Indian journal of veterinary science and animal husbandry - Volume 13,
Year: 1943
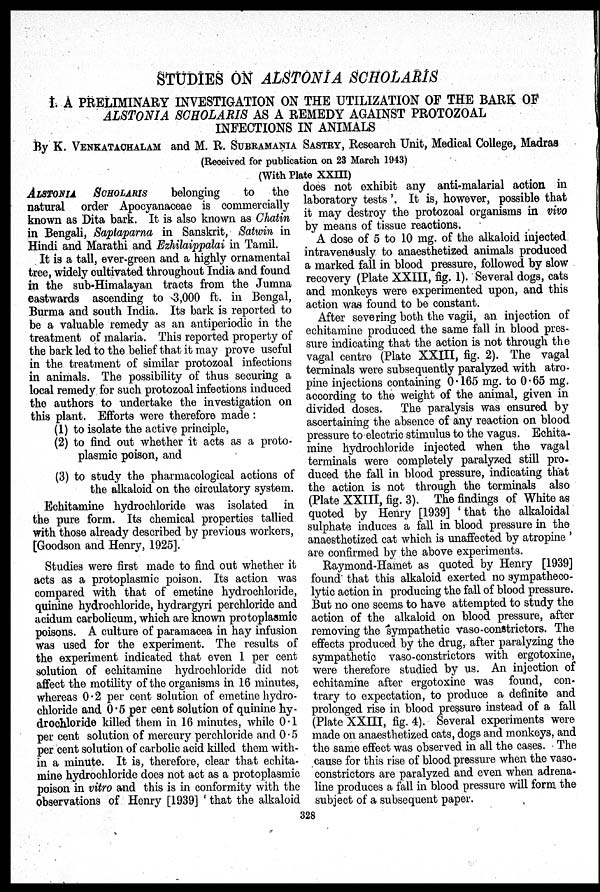
STUDIES ON ALSTONIA SCHOLARIS
I. A PRELIMINARY INVESTIGATION ON THE UTILIZATION OF THE BARK OF
ALSTONIA SCHOLARIS AS A REMEDY AGAINST PROTOZOAL
INFECTIONS IN ANIMALS
By K. VENKATACHALAM and M. R. SUBRAMANIA SASTRY, Research Unit, Medical College, Madras
(Received for publication on 23 March 1943)
(With Plate XXIII)
ALSTONIA SCHOLARIS belonging
to the
natural order Apocyanaceae is commercially
known as Dita bark. It is also known as Chatin
in Bengali, Saptaparna in Sanskrit, Satwin in
Hindi and Marathi and Ezhilaippalai in Tamil.
It is a tall, ever-green and a highly ornamental
tree, widely cultivated throughout India and found
in the sub-Himalayan tracts from the Jumna
eastwards ascending to 3,000 ft. in Bengal,
Burma and south India. Its bark is reported to
be a valuable remedy as an antiperiodic in the
treatment of malaria. This reported property of
the bark led to the belief that it may prove useful
in the treatment of similar protozoal infections
in animals. The possibility of thus securing a
local remedy for such protozoal infections induced
the authors to undertake the investigation on
this plant. Efforts were therefore made:
(1) to isolate the active principle,
(2) to find out whether it acts as a proto-
plasmic poison, and
(3) to study the pharmacological actions of
the alkaloid on the circulatory system.
Echitamine hydrochloride was isolated in
the pure form. Its chemical properties tallied
with those already described by previous workers,
[Goodson and Henry, 1925].
Studies were first made to find out whether it
acts as a protoplasmic poison. Its action was
compared with that of emetine hydrochloride,
quinine hydrochloride, hydrargyri perchloride and
acidum carbolicum, which are known protoplasmic
poisons. A culture of paramacea in hay infusion
was used for the experiment. The results of
the experiment indicated that even 1 per cent
solution of echitamine hydrochloride did not
affect the motility of the organisms in 16 minutes,
whereas 0.2 per cent solution of emetine hydro-
chloride and 0.5 per cent solution of quinine hy-
drochloride killed them in 16 minutes, while 0.1
per cent solution of mercury perchloride and 0.5
per cent solution of carbolic acid killed them with-
in a minute. It is, therefore, clear that echita-
mine hydrochloride does not act as a protoplasmic
poison in vitro and this is in conformity with the
observations of Henry [1939] 'that the alkaloid
does not exhibit any anti-malarial action in
laboratory tests'. It is, however, possible that
it may destroy the protozoal organisms in vivo
by means of tissue reactions.
A dose of 5 to 10 mg. of the alkaloid injected
intravenously to anaesthetized animals produced
a marked fall in blood pressure, followed by slow
recovery (Plate XXIII, fig. 1). Several dogs, cats
and monkeys were experimented upon, and this
action was found to be constant.
After severing both the vagii, an injection of
echitamine produced the same fall in blood pres-
sure indicating that the action is not through the
vagal centre (Plate XXIII, fig. 2). The vagal
terminals were subsequently paralyzed with atro-
pine injections containing 0.165 mg. to 0.65 mg.
according to the weight of the animal, given in
divided doses. The paralysis was ensured by
ascertaining the absence of any reaction on blood
pressure to electric stimulus to the vagus. Echita-
mine hydrochloride injected when the vagal
terminals were completely paralyzed still pro-
duced the fall in blood pressure, indicating that
the action is not through the terminals also
(Plate XXIII, fig. 3). The findings of White as
quoted by Henry [1939] ' that the alkaloidal
sulphate induces a fall in blood pressure in the
anaesthetized cat which is unaffected by atropine '
are confirmed by the above experiments.
Raymond-Hamet as quoted by Henry [1939]
found' that this alkaloid exerted no sympatheco-
lytic action in producing the fall of blood pressure.
But no one seems to have attempted to study the
action of the alkaloid on blood pressure, after
removing the sympathetic vaso-constrictors. The
effects produced by the drug, after paralyzing the
sympathetic vaso-constrictors with ergotoxine,
were therefore studied by us. An injection of
echitamine after ergotoxine was found, con-
trary to expectation, to produce a definite and
prolonged rise in blood pressure instead of a fall
(Plate XXIII, fig. 4). Several experiments were
made on anaesthetized cats, dogs and monkeys, and
the same effect was observed in all the cases. The
cause for this rise of blood pressure when the vaso-
constrictors are paralyzed and even when adrena-
line produces a fall in blood pressure will form the
subject of a subsequent paper.
328